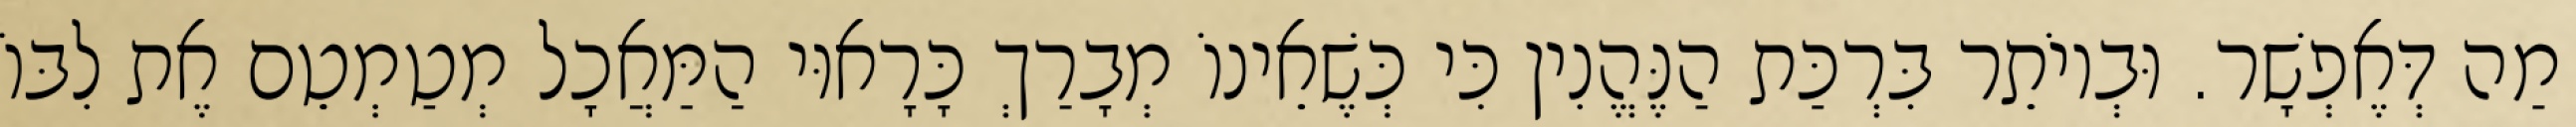
מַה דְּאֶפְשָׁר. וּבְיוֹתֵר בִּרְכַּת הַנֶּהֱנִין כִּי כְּשֶׁאֵינוֹ מְבָרַךְ כָּרָאוּי הַמַּאֲכָל מְטַמְטֵם אֶת לִבּוֹ